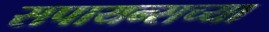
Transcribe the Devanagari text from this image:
सपायन्सच्या